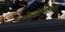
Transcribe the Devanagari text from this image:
उपसमितियों